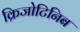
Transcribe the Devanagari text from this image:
क्रिजोटिनिब